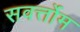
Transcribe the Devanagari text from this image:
सवर्त्तोम